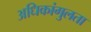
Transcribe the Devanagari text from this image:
अधिकांगुलता